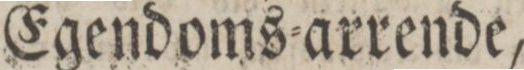
Egendoms=arrende,